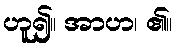
ဟူ၍။ အာဟ၊ ၏။